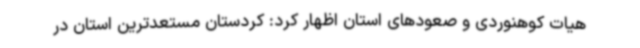
هیات کوهنوردی و صعودهای استان اظهار کرد: کردستان مستعدترین استان در